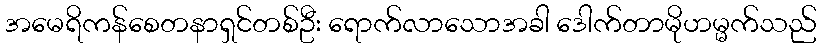
အမေရိကန်စေတနာရှင်တစ်ဦး ရောက်လာသောအခါ ဒေါက်တာမိုဟမ္မက်သည်